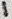
Text: 1